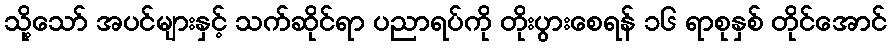
သို့သော် အပင်များနှင့် သက်ဆိုင်ရာ ပညာရပ်ကို တိုးပွားစေရန် ၁၆ ရာစုနှစ် တိုင်အောင်